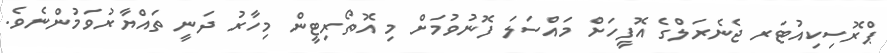
ޕްރޮސިކިއުޓަރ ޖެނެރަލްގެ އޮފީހަށް މައްސަލަ ފޮނުވުމަށް މި އޮތޯރިޓީން މިހާރު ދަނީ ތައްޔާރުވަމުންނެވެ.